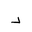
Letter: _dal